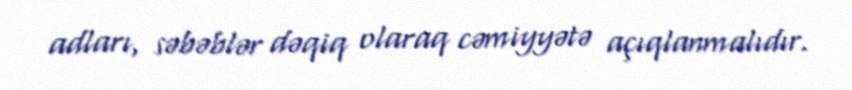
adları, səbəblər dəqiq olaraq cəmiyyətə açıqlanmalıdır.